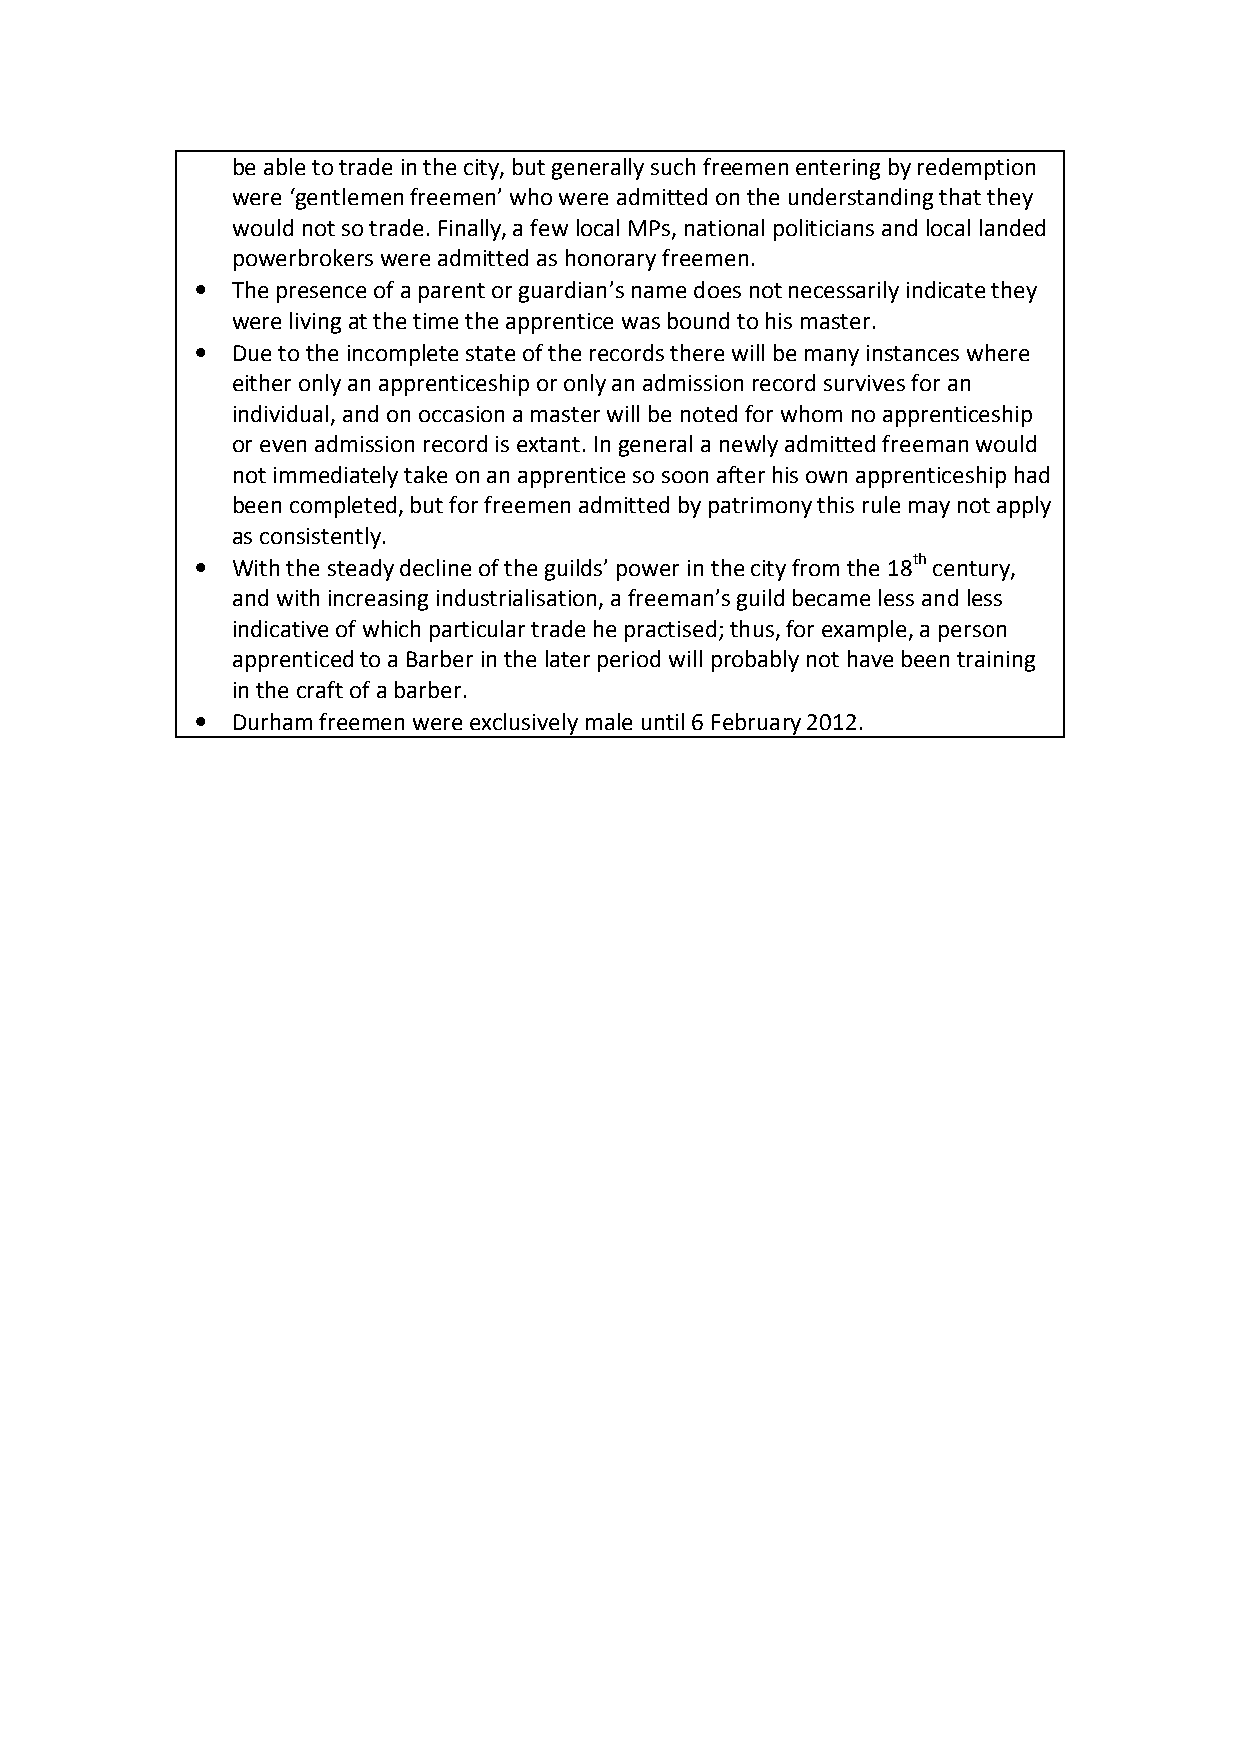
be able to trade in the city, but generally such freemen entering by redemption
 were ‘gentlemen freemen’ who were admitted on the understanding that they
 would not so trade. Finally, a few local MPs, national politicians and local landed
 powerbrokers were admitted as honorary freemen.
 • The presence of a parent or guardian’s name does not necessarily indicate they
 were living at the time the apprentice was bound to his master.
 • Due to the incomplete state of the records there will be many instances where
 either only an apprenticeship or only an admission record survives for an
 individual, and on occasion a master will be noted for whom no apprenticeship
 or even admission record is extant. In general a newly admitted freeman would
 not immediately take on an apprentice so soon after his own apprenticeship had
 been completed, but for freemen admitted by patrimony this rule may not apply
 as consistently.
 • With the steady decline of the guilds’ power in the city from the 18th century,
 and with increasing industrialisation, a freeman’s guild became less and less
 indicative of which particular trade he practised; thus, for example, a person
 apprenticed to a Barber in the later period will probably not have been training
 in the craft of a barber.
 • Durham freemen were exclusively male until 6 February 2012.